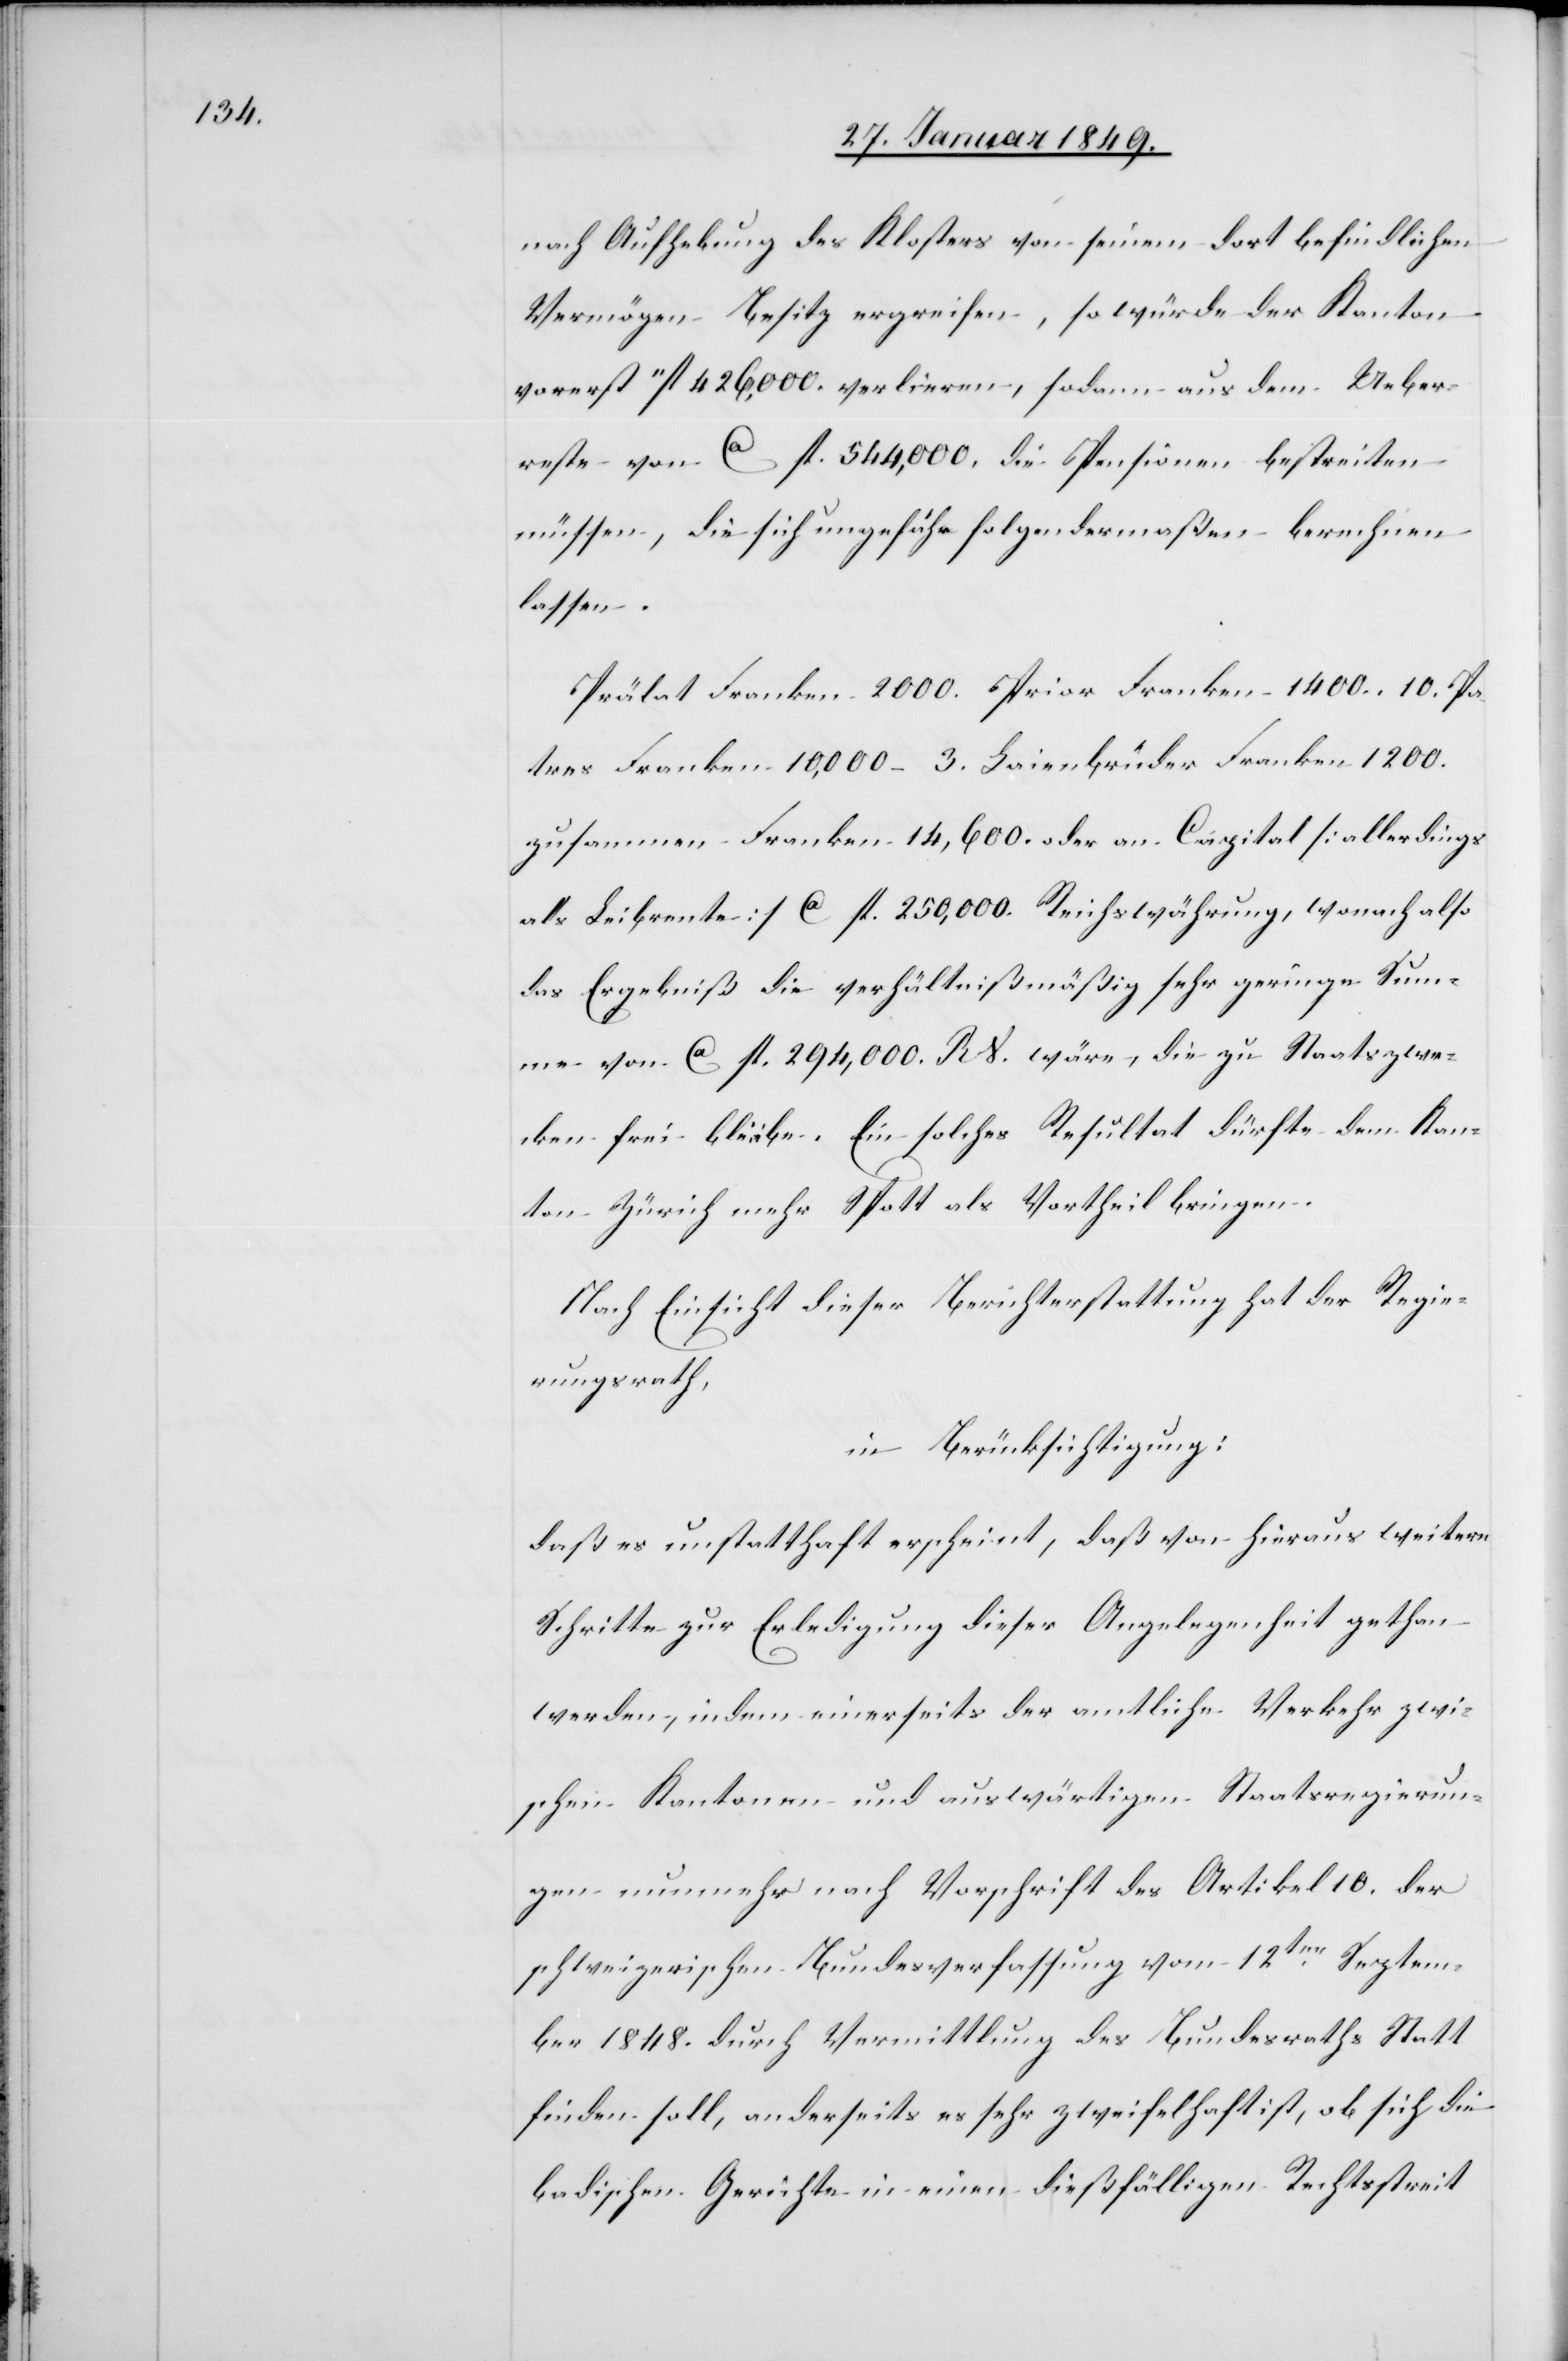
nach Aufhebung des Klosters von seinem dort befindlichen
Vermögen Besitz ergreifen, so würde der Kanton
vorerst “ fl. 426,000. verlieren, sodann aus dem Ueber¬
reste von ca. fl. 544,000. die Pensionen bestreiten
müssen, die sich ungefähr folgendermaßen berechnen
lassen.
Prälat Franken 2000. Prior Franken 1400. 10 Pa¬
tres Franken 10,000 – 3. Laienbrüder Franken 1200.
zusammen Franken 14,600. oder an Capital [allerdings
an Leibrente] ca. fl. 250,000. Reichswährung, wonach also
das Ergebniß die verhältnißmäßig sehr geringe Sum¬
me von ca. fl. 294,000. RV. wäre, die zu Staatszwe¬
cken frei bl[?ie]be. Ein solches Resultat dürfte dem Kan¬
ton Zürich mehr Spott als Vortheil bringen.
Nach Einsicht dieser Berichterstattung hat der Regie¬
rungsrath,
in Berücksichtigung:
daß es unstatthaft erscheint, daß von hieraus weitere
Schritte zur Erledigung dieser Angelegenheit gethan
werden, indem einerseits der amtliche Verkehr zwi¬
schen Kantonen und auswärtigen Staatsregierun¬
gen nunmehr nach Vorschrift des Artikel 10. der
schweizerischen Bundesverfassung vom 12ten. Septem¬
ber 1848. durch Vermittlung des Bundesraths Statt
finden soll, anderseits es sehr zweifelhaft ist, ob sich die
badischen Gerichte in einen dießfälligen Rechtsstreit